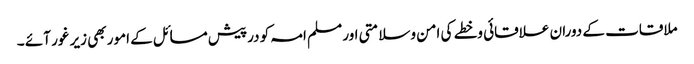
ملاقات کے دوران علاقائی وخطے کی امن وسلامتی اور مسلم امہ کو درپیش مسائل کے امور بھی زیر غور آئے ۔